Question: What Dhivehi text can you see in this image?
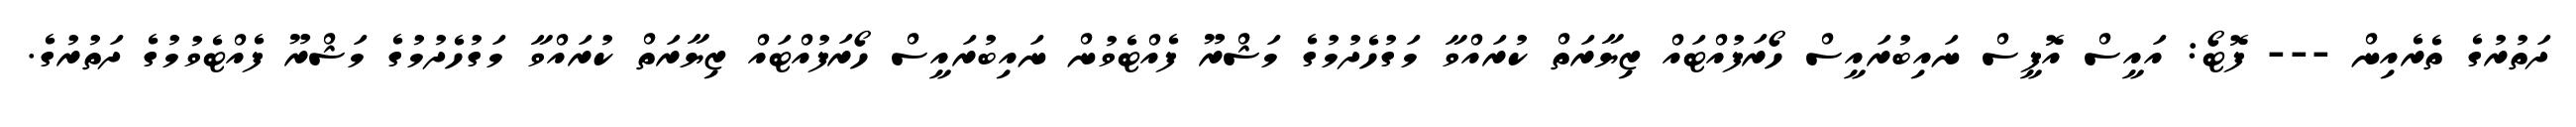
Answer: ދަތުރުގެ ތެރެއިން --- ފޮޓޯ: އައީސް އޮފީސް ނައިބުރައީސް ހޯރަފުއްޓައް ޒިޔާރަތް ކުރައްވާ މަގުހެދުމުގެ މަޝްރޫ ފެއްޓެވުން ނައިބުރައީސް ހޯރަފުއްޓައް ޒިޔާރަތް ކުރައްވާ މަގުހެދުމުގެ މަޝްރޫ ފެއްޓެވުމުގެ ދަތުރުގެ.